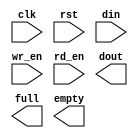
module fifo_raw_send(
	clk,
	rst,
	din,
	wr_en,
	rd_en,
	dout,
	full,
	empty);


input clk;
input rst;
input [7 : 0] din;
input wr_en;
input rd_en;
output [7 : 0] dout;
output full;
output empty;

// synthesis translate_off

      FIFO_GENERATOR_V5_3 #(
		.C_COMMON_CLOCK(1),
		.C_COUNT_TYPE(0),
		.C_DATA_COUNT_WIDTH(11),
		.C_DEFAULT_VALUE("BlankString"),
		.C_DIN_WIDTH(8),
		.C_DOUT_RST_VAL("0"),
		.C_DOUT_WIDTH(8),
		.C_ENABLE_RLOCS(0),
		.C_ENABLE_RST_SYNC(1),
		.C_ERROR_INJECTION_TYPE(0),
		.C_FAMILY("virtex5"),
		.C_FULL_FLAGS_RST_VAL(0),
		.C_HAS_ALMOST_EMPTY(0),
		.C_HAS_ALMOST_FULL(0),
		.C_HAS_BACKUP(0),
		.C_HAS_DATA_COUNT(0),
		.C_HAS_INT_CLK(0),
		.C_HAS_MEMINIT_FILE(0),
		.C_HAS_OVERFLOW(0),
		.C_HAS_RD_DATA_COUNT(0),
		.C_HAS_RD_RST(0),
		.C_HAS_RST(1),
		.C_HAS_SRST(0),
		.C_HAS_UNDERFLOW(0),
		.C_HAS_VALID(0),
		.C_HAS_WR_ACK(0),
		.C_HAS_WR_DATA_COUNT(0),
		.C_HAS_WR_RST(0),
		.C_IMPLEMENTATION_TYPE(0),
		.C_INIT_WR_PNTR_VAL(0),
		.C_MEMORY_TYPE(1),
		.C_MIF_FILE_NAME("BlankString"),
		.C_MSGON_VAL(1),
		.C_OPTIMIZATION_MODE(0),
		.C_OVERFLOW_LOW(0),
		.C_PRELOAD_LATENCY(0),
		.C_PRELOAD_REGS(1),
		.C_PRIM_FIFO_TYPE("1kx18"),
		.C_PROG_EMPTY_THRESH_ASSERT_VAL(4),
		.C_PROG_EMPTY_THRESH_NEGATE_VAL(5),
		.C_PROG_EMPTY_TYPE(0),
		.C_PROG_FULL_THRESH_ASSERT_VAL(1023),
		.C_PROG_FULL_THRESH_NEGATE_VAL(1022),
		.C_PROG_FULL_TYPE(0),
		.C_RD_DATA_COUNT_WIDTH(11),
		.C_RD_DEPTH(1024),
		.C_RD_FREQ(1),
		.C_RD_PNTR_WIDTH(10),
		.C_UNDERFLOW_LOW(0),
		.C_USE_DOUT_RST(1),
		.C_USE_ECC(0),
		.C_USE_EMBEDDED_REG(1),
		.C_USE_FIFO16_FLAGS(0),
		.C_USE_FWFT_DATA_COUNT(1),
		.C_VALID_LOW(0),
		.C_WR_ACK_LOW(0),
		.C_WR_DATA_COUNT_WIDTH(11),
		.C_WR_DEPTH(1024),
		.C_WR_FREQ(1),
		.C_WR_PNTR_WIDTH(10),
		.C_WR_RESPONSE_LATENCY(1))
	inst (
		.CLK(clk),
		.RST(rst),
		.DIN(din),
		.WR_EN(wr_en),
		.RD_EN(rd_en),
		.DOUT(dout),
		.FULL(full),
		.EMPTY(empty),
		.BACKUP(),
		.BACKUP_MARKER(),
		.SRST(),
		.WR_CLK(),
		.WR_RST(),
		.RD_CLK(),
		.RD_RST(),
		.PROG_EMPTY_THRESH(),
		.PROG_EMPTY_THRESH_ASSERT(),
		.PROG_EMPTY_THRESH_NEGATE(),
		.PROG_FULL_THRESH(),
		.PROG_FULL_THRESH_ASSERT(),
		.PROG_FULL_THRESH_NEGATE(),
		.INT_CLK(),
		.INJECTDBITERR(),
		.INJECTSBITERR(),
		.ALMOST_FULL(),
		.WR_ACK(),
		.OVERFLOW(),
		.ALMOST_EMPTY(),
		.VALID(),
		.UNDERFLOW(),
		.DATA_COUNT(),
		.RD_DATA_COUNT(),
		.WR_DATA_COUNT(),
		.PROG_FULL(),
		.PROG_EMPTY(),
		.SBITERR(),
		.DBITERR());


// synthesis translate_on

// XST black box declaration
// box_type "black_box"
// synthesis attribute box_type of fifo_raw_send is "black_box"

endmodule